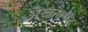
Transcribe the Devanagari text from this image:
अखेलगढ़